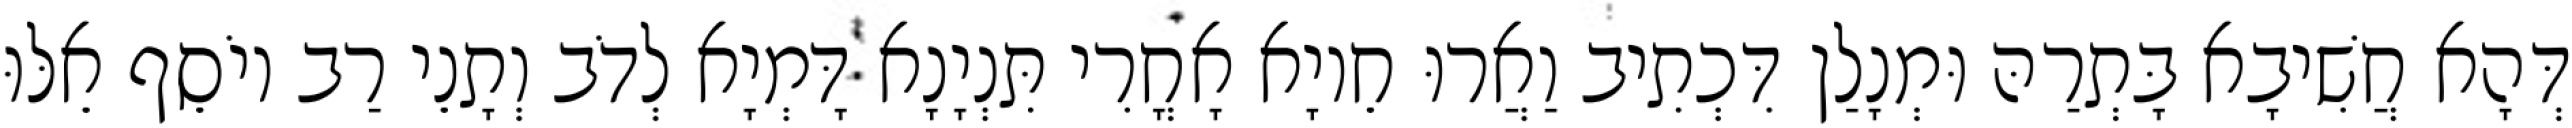
דְּהָא חֲשִׁיבָא בָּתְרַהּ וּמְנָלַן דִּכְתִיב וַאֲרוּ חֵיוָא אָחֳרִי תִּנְיָנָא דָּמְיָא לְדֹב וְתָנֵי רַב יוֹסֵף אֵלּוּ